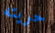
حريته